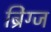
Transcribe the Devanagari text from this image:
ब्रिंग्ज